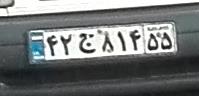
۴۲ج۸۱۴۵۵